King Institute of Preventive Medicine Micro-Biological Section reports 1909-11
Year: 1909
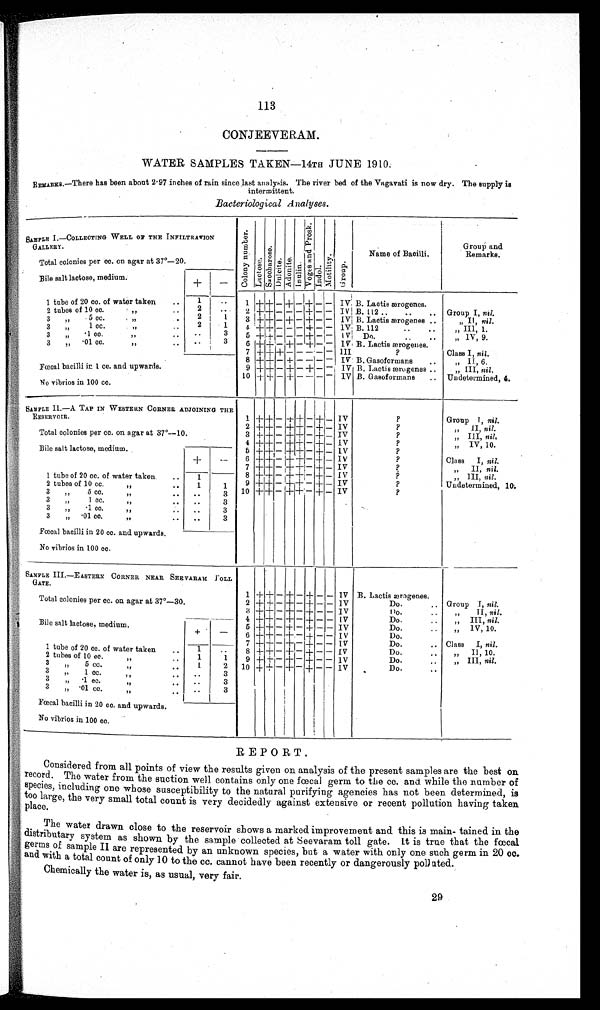
113
CONJEEVERAM.
WATER SAMPLES TAKEN—14TH JUNE 1910.
REMARKS.—There has been about 2·97 inches of rain since last analysis. The river bed of the Vagavati is now dry. The supply is
intermittent.
Bacteriological Analyses.
SAMPLE I.—COLLECTING WELL OF THE INFILTRATION
GALLERY.
C o l o n y n u m b e r .
L a c t o s e .
S a c c h c r o s e .
D u l c i t e
A d o n i t e . I n u l i n .
V o g a s a n d P r o s k .
I n d o l .
M o t i l i t y .
G r o u p .
Name of Bacilli.
Group and
Remarks.
Total colonies per cc. on agar at 37°—20.
Bile salt lactose, medium.
+
—
1 +
+
— -+
—
+
—
—
I V
B. Lactis ærogenes.
1 tube of 20 cc. of water taken
..
1
. .
B. 112 ..
..
.. Group I, nil.
2 tubes of 10 cc.
..
2
. .
2 +
+ — — — + — — IV
B. Lactis ærogenes ..
3 5 cc.
....... ..
2
1
3 +
+ — + —
+ — — IV
„ II, nil .
„ III, 1.
3 3 ,,
1 cc.
, .
2
1
4 + + — — — + — — IV B. 112
..
.
Do.
....
„ IV, 9.
3
• 1 cc.
..
. .
3
5 +
+ — — — + — — IV
3
• 01 cc.
.. ..
. .
3 6 + + — + — + — — IV B. Lactis ærogenes.
7 + +
+ — — — — — III
?
Class I, nil.
B. Gasoformans
..
„ II, 6.
8 +
+ — + — — — — IV
III, nil.
Fœcal bacilli in 1 cc. and upwards.
9 + + — + — + — — IV B. Lactis ærogenes ..
B. Gasoformans
.. U n d e t e r m i n e d , 4
10 + + — + — — — — IV
No vibrios in 100 cc.
SAMPLE 11.—A TAP IN WESTERN CORNER ADJOINING THE
RESERVOIR.
1
+
+ — + + — + —
IV
?
Group 1, nil.
2 +
+ — + + — + — IV
?
,,, II, nil.
„ III, nil,
Total colonies per cc. on agar at 37°—10.
3 + +
— + + — + — IV
?
„IV, 10.
4 +
+ — + + — + — IV
?
Bile salt lactose, medium.
5 +
+ — + + — + — IV
?
Class I, nil.
+
—
6 +
+ — + + — + — IV
/
7 +
+ — + + — + — IV
?
II, nil.
8
+
+ — + + — + — IV
?
„ III, nil.
1 tube of 20 cc. of water taken
..
1
. .
9
+
+
— + + — + — IV
?
Undetermined, 10.
2 tubes of
cc.
..
. .
3 „ 5 cc.
.. ..
1 . .
1 3
10 +
+ — + + — + — IV
?
3 1 cc.
,,
. .
. .
3
3 ·1 cc., ,
..
. .
3
3„·01 cc.
,, .. . ..
. .
3
Fœcal bacilli in 20 cc. and upwards.
No vibrios in 100 cc.
SAMPLE III.—E ASTERN CORNER NEAR SEE VARAM
P O L L
GATE.
1 + + — + — + — — IV B. Lactis ærogenes.
Group I, nil.
Total colonies per cc. on agar at 37°—30.
2
+ + — + — + — — IV
Do.
..
„ II, nil.
+
+
— + — + — — IV
D o .
. .
4
+ + — + — + — — IV
Do.
..
„ III, nil.
Bile salt lactose. medium.
5 + + —
+ — + — — IV
Do.
..
„ IV, 10.
+ —
+ + — + — + — —
I V
Do.
Class I, nil.
7
+ + —
+ — + — —
I V
Do.
..
1 tube of 20 cc. of water taken
, .
1
. .
Il 10
8
+ + — + — + — —
I V
Do.
..
2 tubes of 10 cc.
. .
1
1
9
+ + —
+ — + — — IV
Do.
.,
„ III, nil.
1
2
3 „5 cc..., ,
10
+ + — + — + — — IV
Do.
..
3,,1 cc
. .
. .
3
. .
3,,·1 cc.
..
3
3 , , . · 0 1 c c
. .
. .
3
Fœcal bacilli in 20 cc. and upwards.
,
No vibrios in 100 cc.
REPORT.
Considered from all points of view the results given on analysis of the present samples are the best on.
record. The water from the suction well contains only one fœcal germ to the cc. and while the number of
species, including one whose susceptibility to the natural purifying agencies has not been determined, is
too large, the very small total count is very decidedly against extensive or recent pollution having taken.
place.
The water drawn close to the reservoir shows a marked improvement and this is main- tained in the
distributary system as shown by the sample collected at Seevaram toll gate. Lt is true that the fœcal
germs of sample II are represented by an unknown species, but a water with only one such germ in 20 cc.
and with a total count of only 10 to the cc. cannot have been recently or dangerously polluted.
Chemically the water is, as usual, very fair.
29
29